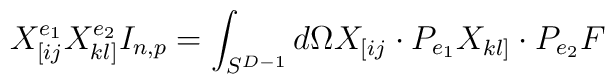
X^{e_1}_{[ij}X^{e_2}_{kl]}I_{n,p}= \int_{S^{D-1}}	d\Omega X_{[ij} \cdot P_{e_1}  X_{kl]} \cdot P_{e_2} F